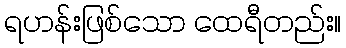
ရဟန်းဖြစ်သော ထေရီတည်း။